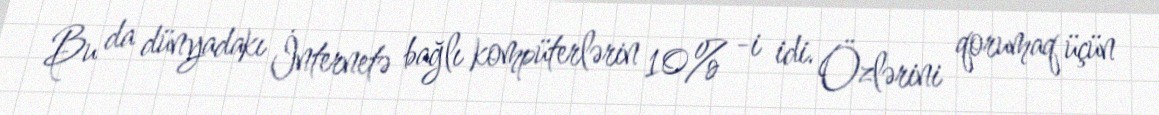
Bu da dünyadakı İnternetə bağlı kompüterlərin 10% -i idi. Özlərini qorumaq üçün